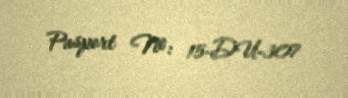
Pasport №: 15-DU-307